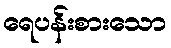
ရေပန်းစားသော